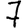
Digit: 7